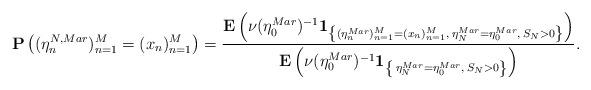
LaTeX: \begin{align*}\mathbf{P}\left((\eta^{N,Mar}_n)_{n=1}^{M}=(x_n)_{n=1}^{M}\right)=\frac{\mathbf{E}\left(\nu(\eta^{Mar}_0)^{-1}\mathbf{1}_{\left\{(\eta^{Mar}_n)_{n=1}^{M}=(x_n)_{n=1}^{M},\:\eta^{Mar}_N=\eta^{Mar}_0,\:S_N>0\right\}}\right)}{\mathbf{E}\left(\nu(\eta^{Mar}_0)^{-1}\mathbf{1}_{\left\{\:\eta^{Mar}_N=\eta^{Mar}_0,\:S_N>0\right\}}\right)}.\end{align*}